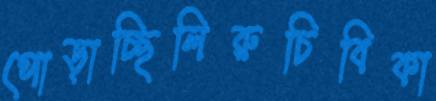
পোড়াচ্ছিলিরুচিবিকা